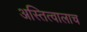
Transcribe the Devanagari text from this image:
अस्तित्वालाच